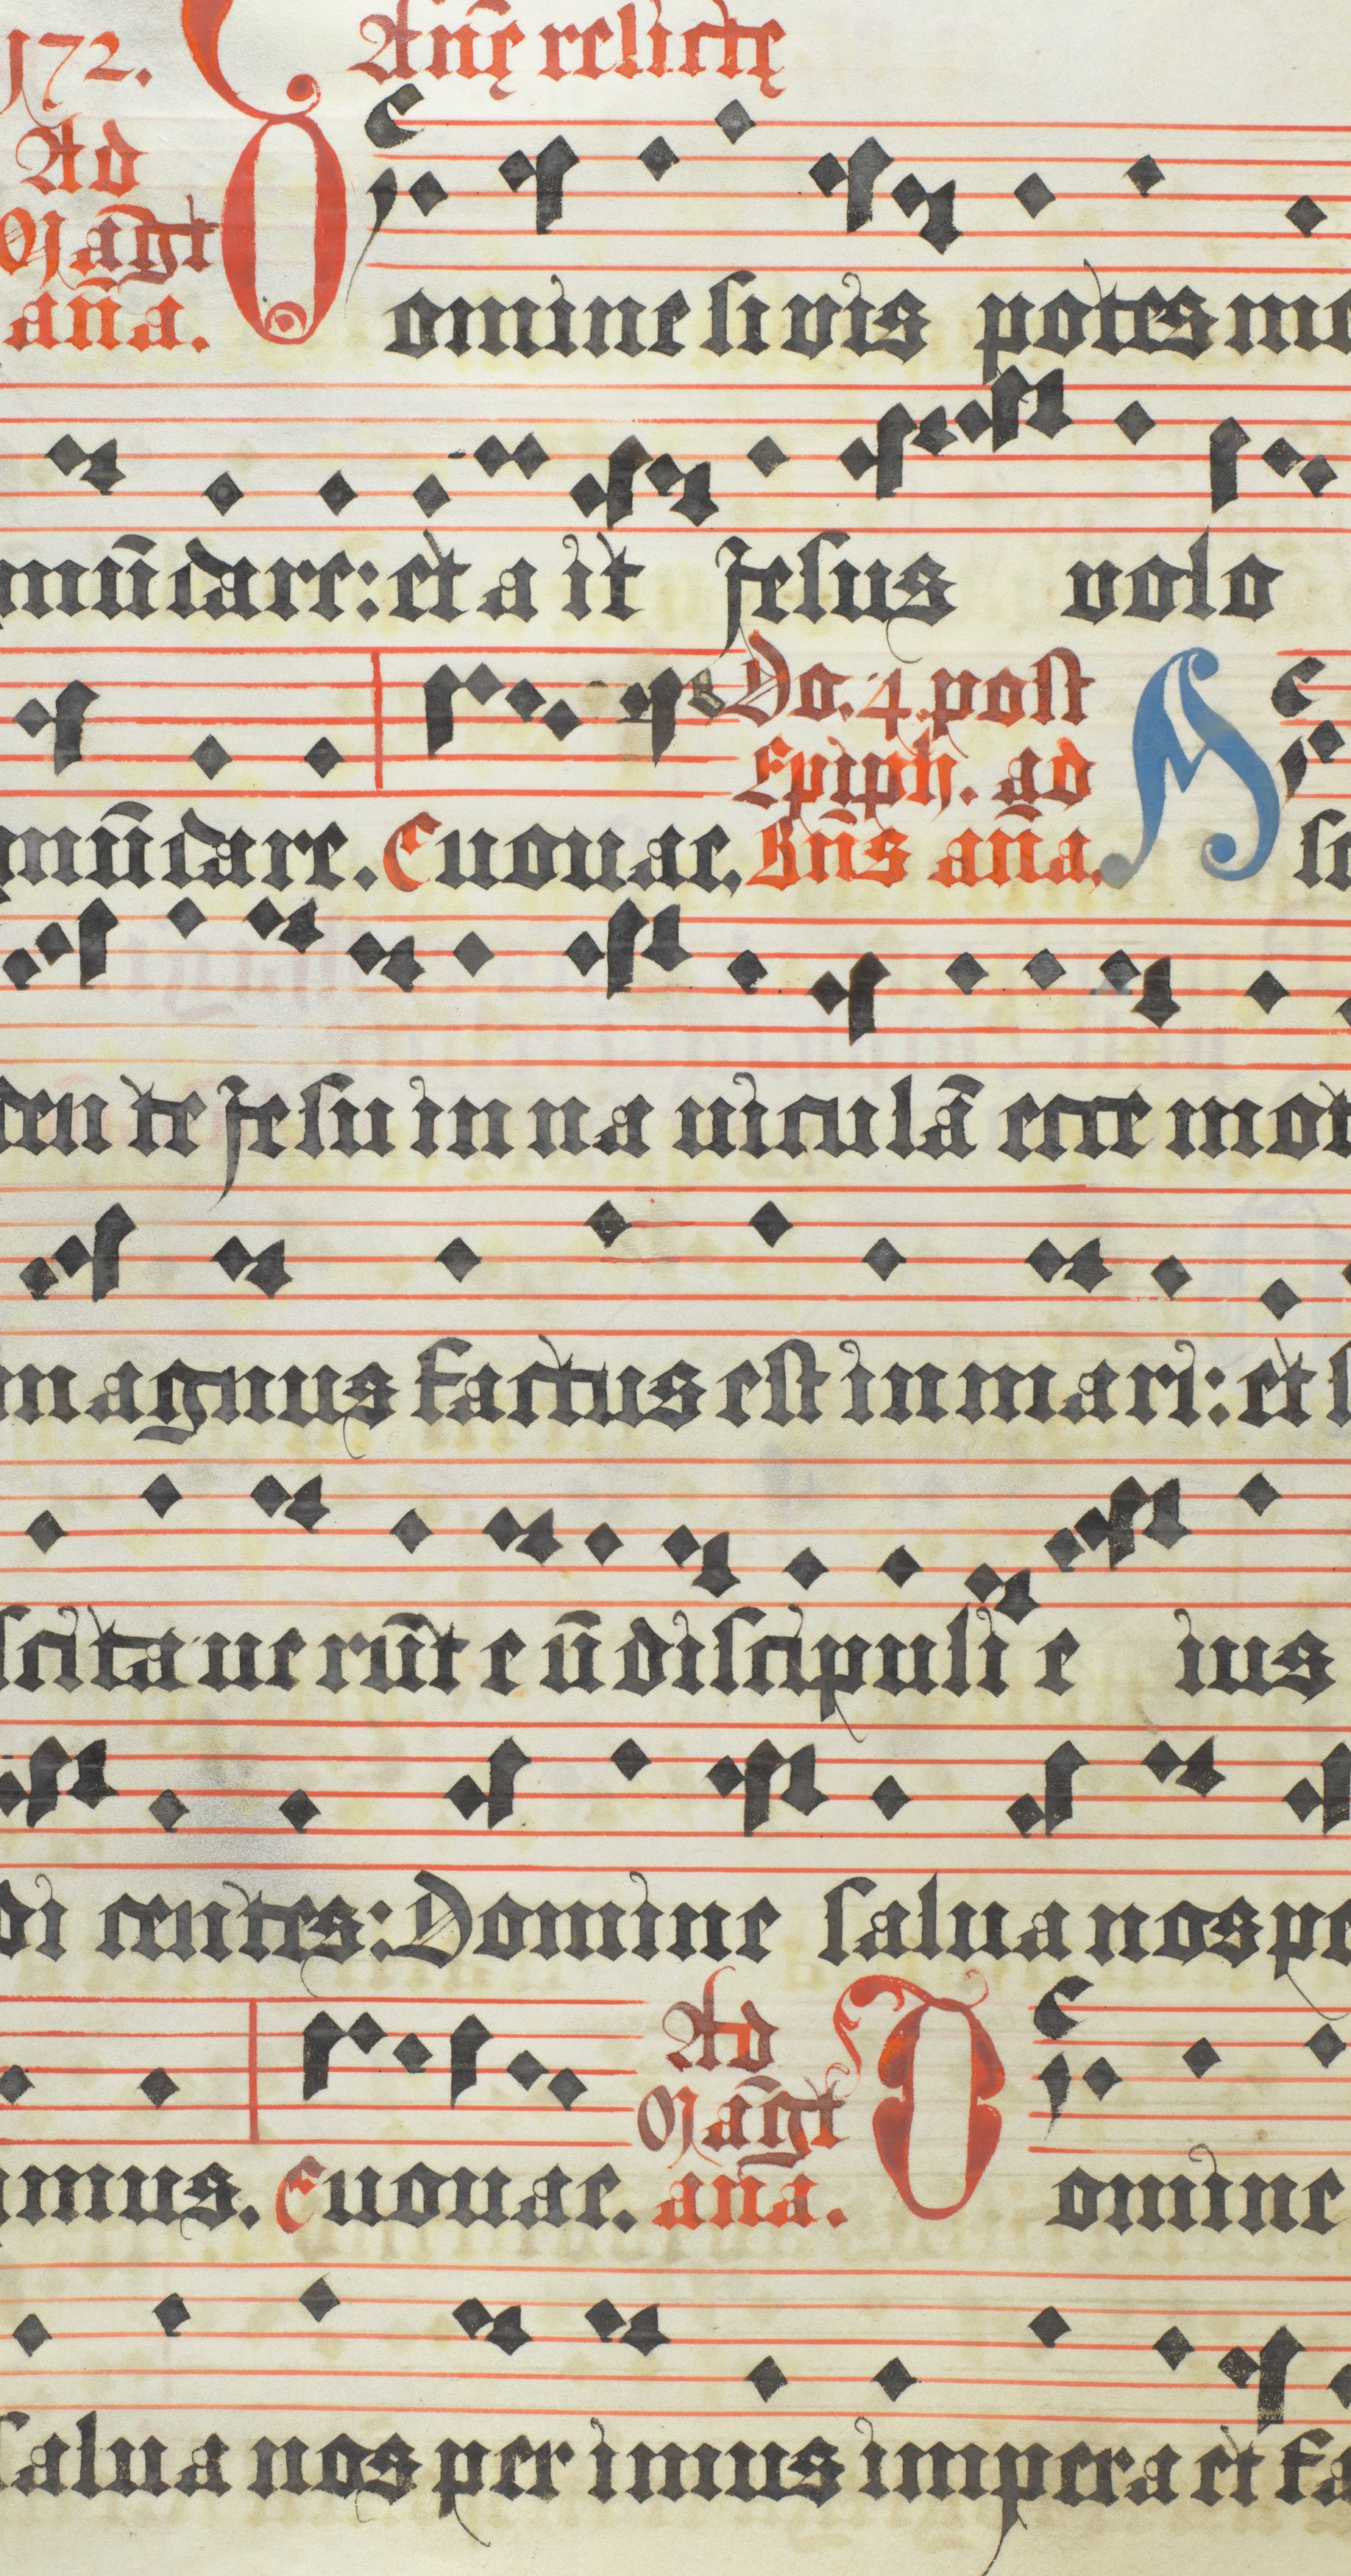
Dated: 1618–1618